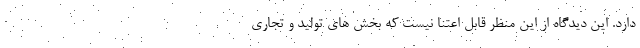
دارد. این دیدگاه از این منظر قابل اعتنا نیست که بخش های تولید و تجاری